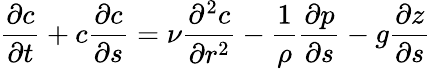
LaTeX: {\frac{\partial c}{\partial t}}+c{\frac{\partial c}{\partial s}}=\nu{\frac{\partial^{2}c}{\partial r^{2}}}-{\frac{1}{\rho}}{\frac{\partial p}{\partial s}}-g{\frac{\partial z}{\partial s}}